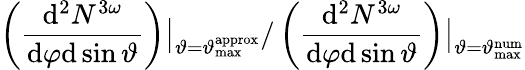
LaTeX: \left(\frac{\mathrm{d}^{2}N^{3\omega}}{\mathrm{d}\varphi\mathrm{d}\sin\vartheta}\right)\big|_{\vartheta=\vartheta_{\mathrm{max}}^{\mathrm{approx}}}/\left(\frac{\mathrm{d}^{2}N^{3\omega}}{\mathrm{d}\varphi\mathrm{d}\sin\vartheta}\right)\big|_{\vartheta=\vartheta_{\mathrm{max}}^{\mathrm{num}}}